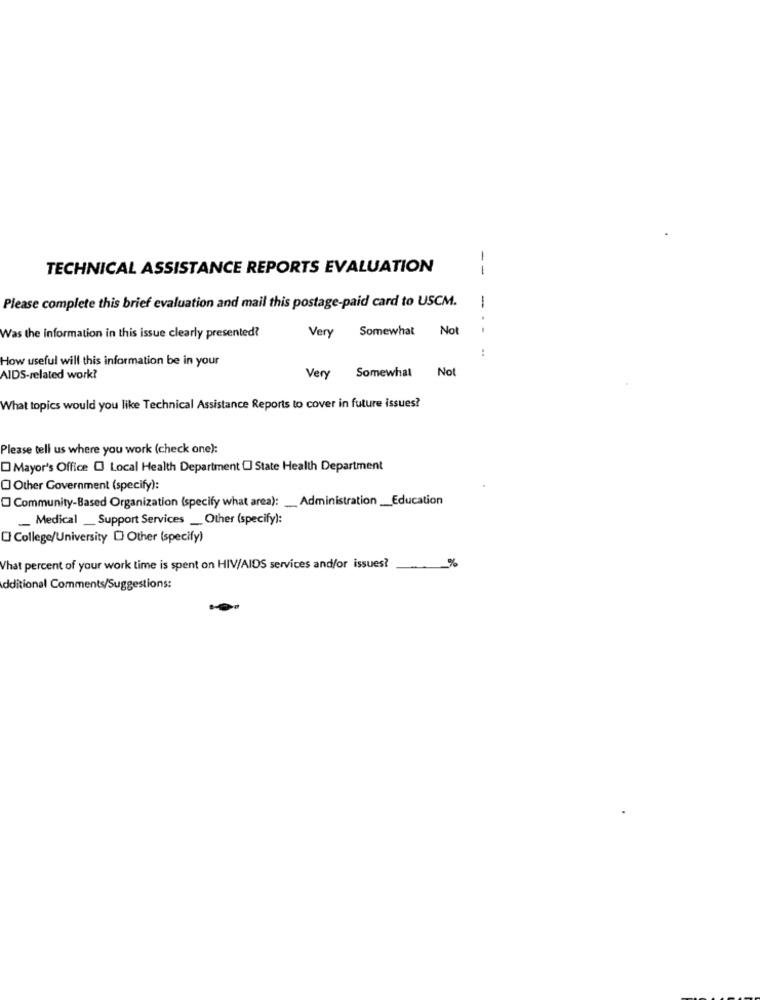
TECHNICAL ASSISTANCE REPORTS EVALUATION
--
Please complete this brief evaluation and mail this postage-paid card to USCM.
-
Very
Somewhat Not
..
Was the information in this issue clearly presented?
..
How useful will this information be in your
Somewhat Not
AIDS-related work?
Very
What topics would you like Technical Assistance Reports to cover in future issues?
Please tell us where you work (check one):
Mayor's Office @ Local Health Department O State Health Department
Other Government (specify):
Community-Based Organization (specify what area): Administration _Education
_ Medical __ Support Services _ Other (specify):
College/University D Other (specify)
What percent of your work time is spent on HIV/AIDS services and/or issues?
%
dditional Comments/Suggestions: